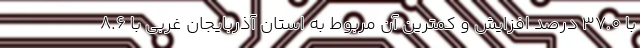
با ٣٧.٠ درصد افزایش و کمترین آن مربوط به استان آذربایجان غربی با ٨.٦